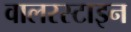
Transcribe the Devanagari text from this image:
वालरस्टाइन